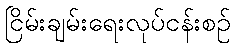
ငြိမ်းချမ်းရေးလုပ်ငန်းစဉ်